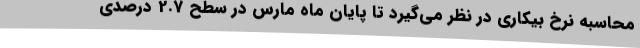
محاسبه نرخ بیکاری در نظر می‌گیرد تا پایان ماه مارس در سطح 2.7 درصدی